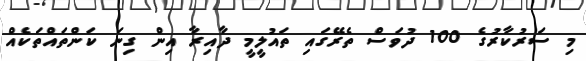
މި ސަރުކާރުގެ 100 ދުވަސް ތެރޭގައި ތައުލީމީ ދާއިރާ އިން ގިނަ ކަންތައްތަކެއް